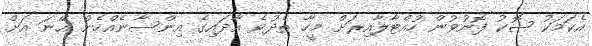
އެކަމަކު ޝޮކު ފޮނުވުން ހުއްޓާލާއިރަށް މީހާ ތެދުވެ އާދައިގެ އިންސާނެއްހެން އޭނަ އަށް